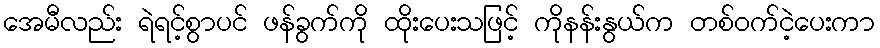
အေမီလည်း ရဲရင့်စွာပင် ဖန်ခွက်ကို ထိုးပေးသဖြင့် ကိုနန်းနွယ်က တစ်ဝက်ငဲ့ပေးကာ